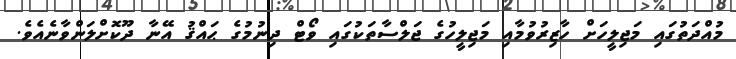
މުއްދަތުގައި މަޖިލީހަށް ހާޒިރުވުމާއި މަޖިލީހުގެ ޖަލްސާތަކުގައި ވޯޓް ދިނުމުގެ ޙައްޤު އޭނާ ދޫކޮށްލަންވާނެއެވެ.